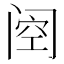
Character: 𮤶